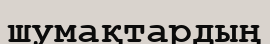
шумақтардың